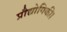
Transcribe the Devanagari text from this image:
प्रौद्योगिकी।